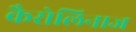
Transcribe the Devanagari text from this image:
कैरोलिनाज